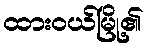
ထားဝယ်မြို့၏